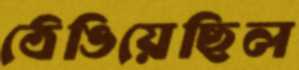
ঠেঙিয়েছিল